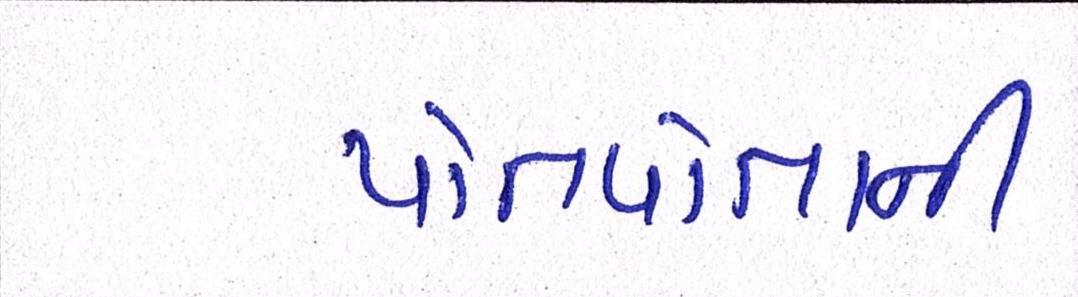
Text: પોતપોતાની